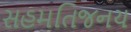
સહમતિજનય